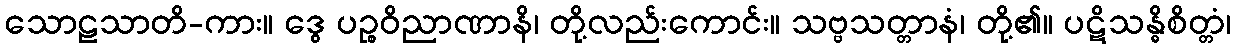
သောဠသာတိ-ကား။ ဒွေ ပဉ္စဝိညာဏာနိ၊ တို့လည်းကောင်း။ သဗ္ဗသတ္တာနံ၊ တို့၏။ ပဋိသန္ဓိစိတ္တံ၊